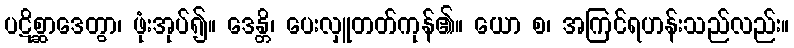
ပဋိစ္ဆာဒေတွာ၊ ဖုံးအုပ်၍။ ဒေန္တိ၊ ပေးလှူတတ်ကုန်၏။ ယော စ၊ အကြင်ရဟန်းသည်လည်း။